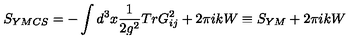
S _ { Y M C S } = - \int d ^ { 3 } x \frac { 1 } { 2 g ^ { 2 } } T r G _ { i j } ^ { 2 } + 2 \pi i k W \equiv S _ { Y M } + 2 \pi i k W